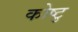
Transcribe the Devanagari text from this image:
कोष्टु